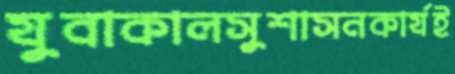
যুবাকালসুশাসনকার্যই